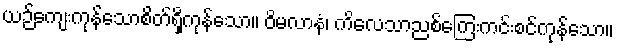
ယဉ်ကျေးကုန်သောစိတ်ရှိကုန်သော။ ဝိမလာနံ၊ ကိလေသာညစ်ကြေးကင်းစင်ကုန်သော။